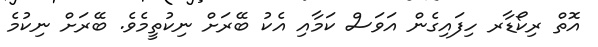
އޮތް ރިކޯޑާރ ހިފައިގެން އަވަސް ކަމާއި އެކު ބޭރަށް ނިކުތީމެވެ. ބޭރަށް ނިކުމެ